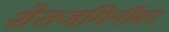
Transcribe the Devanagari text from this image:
शेतजमिनींवर